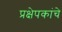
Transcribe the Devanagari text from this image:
प्रक्षेपकांचे